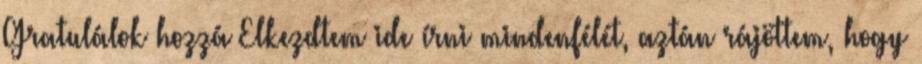
Gratulálok hozzá Elkezdtem ide írni mindenfélét, aztán rájöttem, hogy